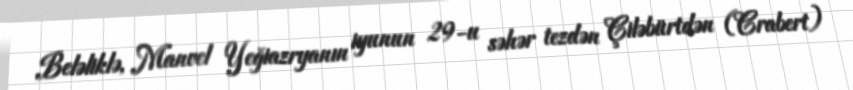
Beləliklə, Manvel Yeğiazryanın iyunun 29-u səhər tezdən Çiləbürtdən (Crabert)